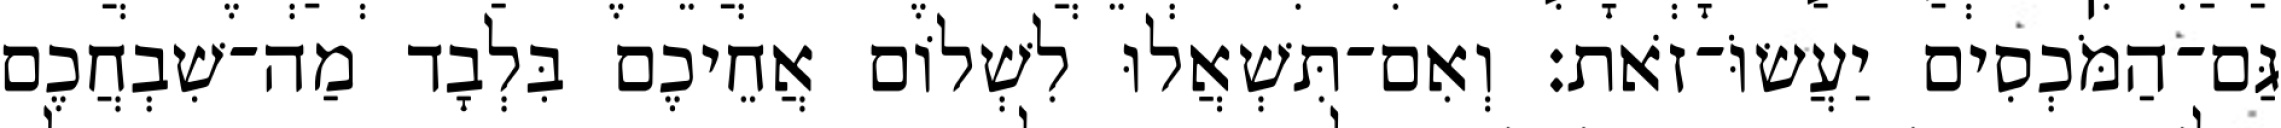
גַּם־הַמֹּכְסִים יַעֲשׂוֹּ־זֹאת׃ וְאִם־תִּשְׁאֲלוּ לִשְׁלוֹם אֲחֵיכֶם בִּלְבָד מַה־שִׁבְחֲכֶם